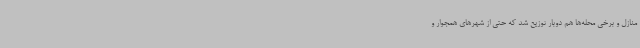
منازل و برخی محله‌ها هم دوبار توزیع شد که حتی از شهرهای همجوار و